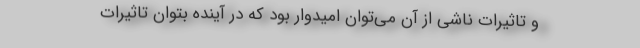
و تاثیرات ناشی از آن می‌توان امیدوار بود که در آینده بتوان تاثیرات